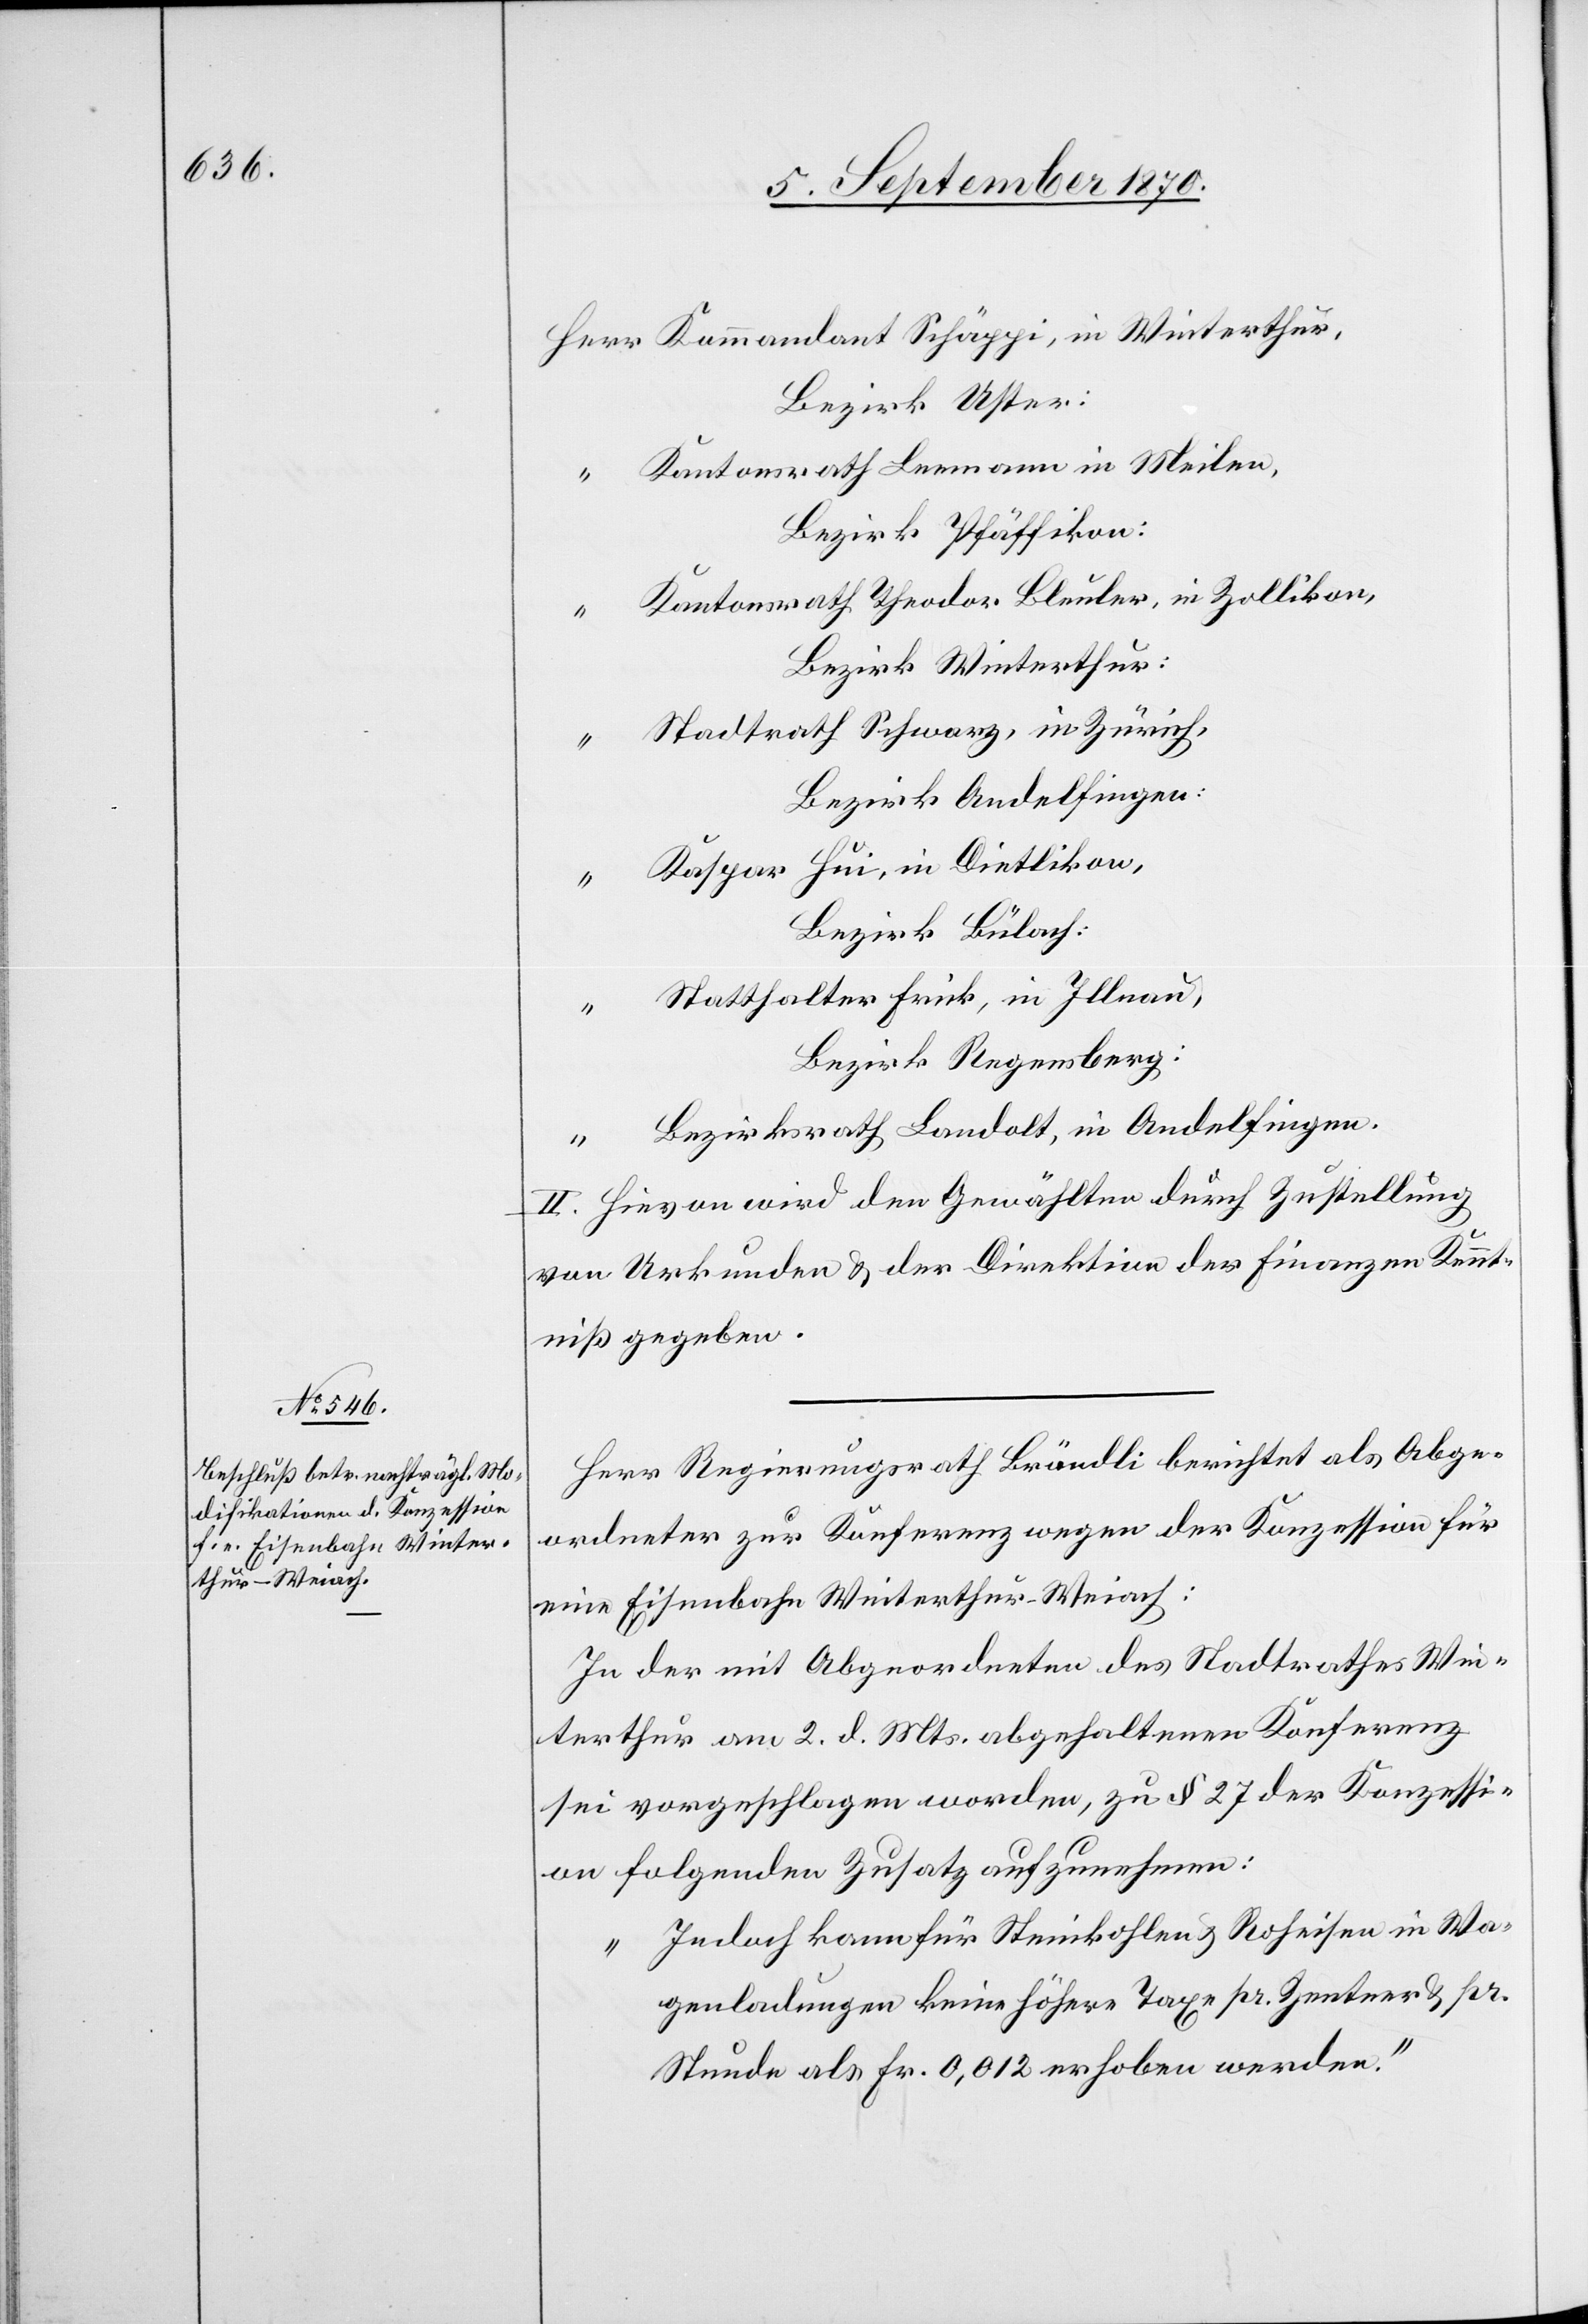
Bezirk Uster:
Kantonsrath Leemann in Meilen,
Bezirk Präffikon:
Kantonsrath Theodor Bleuler, in Zollikon,
Bezirk Winterthur:
Stadtrath Schwarz, in Zürich,
Bezirk Andelfingen:
Kaspar Hui, in Dietlikon,
Bezirk Bülach:
Statthalter Frick, in Illnau,
Bezirk Regensberg:
Bezirksrath Landolt, in Andelfingen.
II. Hievon wird den Gewählten durch Zustellung
von Urkunden & der Direktion der Finanzen Kennt¬
niß gegeben.
Herr Regierungsrath Brändli berichtet als Abge¬
ordneter zur Konferenz wegen der Konzession für
eine Eisenbahn Winterthur–Weiach:
In der mit Abgeordneten des Stadtrathes Win¬
terthur am 2. d. Mts. abgehaltenen Konferenz
sei vorgeschlagen worden, zu § 27 der Konzessi¬
on folgenden Zusatz aufzunehmen:
„Jedoch kann für Steinkohlen & Roheisen in Wa¬
genladungen keine höhere Taxe pr. Zentner & pr.
Stunde als Fr. 0,012 erhoben werden.“